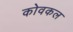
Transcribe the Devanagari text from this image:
कोवकल